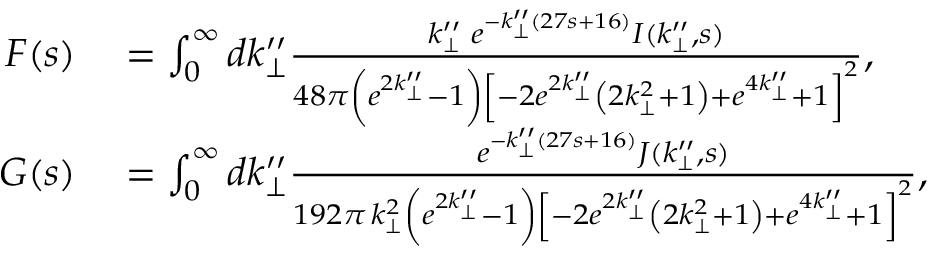
\begin{array} { r l } { F ( s ) } & { { } = \int _ { 0 } ^ { \infty } d k _ { \perp } ^ { \prime \prime } \frac { k _ { \perp } ^ { \prime \prime } \, \, e ^ { - k _ { \perp } ^ { \prime \prime } ( 2 7 s + 1 6 ) } I ( k _ { \perp } ^ { \prime \prime } , s ) } { 4 8 \pi \left( e ^ { 2 k _ { \perp } ^ { \prime \prime } } - 1 \right) \left[ - 2 e ^ { 2 k _ { \perp } ^ { \prime \prime } } \left( 2 k _ { \perp } ^ { 2 } + 1 \right) + e ^ { 4 k _ { \perp } ^ { \prime \prime } } + 1 \right] ^ { 2 } } , } \\ { G ( s ) } & { { } = \int _ { 0 } ^ { \infty } d k _ { \perp } ^ { \prime \prime } \frac { e ^ { - k _ { \perp } ^ { \prime \prime } ( 2 7 s + 1 6 ) } J ( k _ { \perp } ^ { \prime \prime } , s ) } { 1 9 2 \pi \, k _ { \perp } ^ { 2 } \left( e ^ { 2 k _ { \perp } ^ { \prime \prime } } - 1 \right) \left[ - 2 e ^ { 2 k _ { \perp } ^ { \prime \prime } } \left( 2 k _ { \perp } ^ { 2 } + 1 \right) + e ^ { 4 k _ { \perp } ^ { \prime \prime } } + 1 \right] ^ { 2 } } , } \end{array}